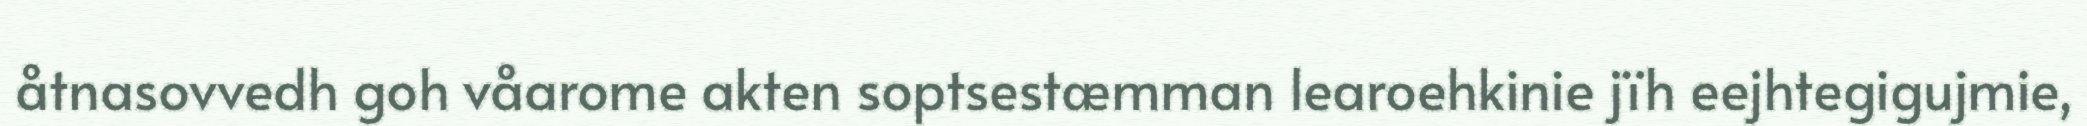
åtnasovvedh goh våarome akten soptsestæmman learoehkinie jïh eejhtegigujmie,